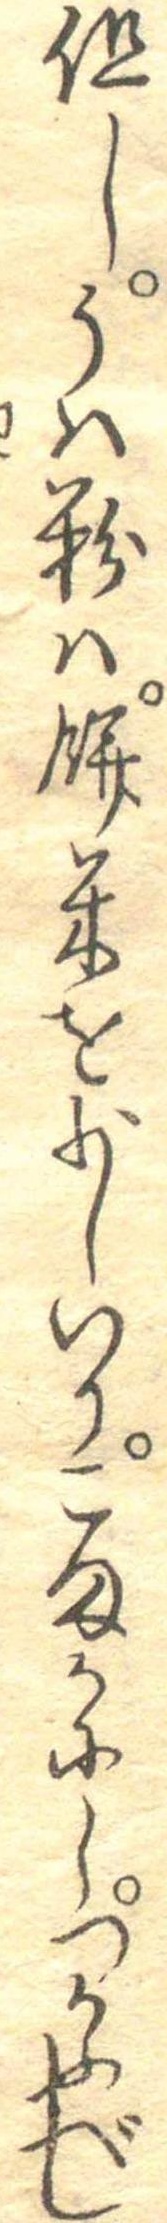
但しうは粉は餅米を少しいりこまかにしつかふべし